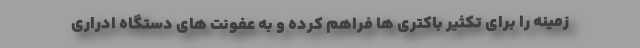
زمینه را برای تکثیر باکتری ها فراهم کرده و به عفونت های دستگاه ادراری